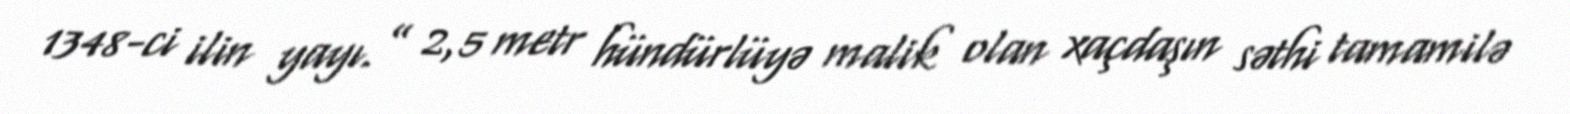
1348-ci ilin yayı.” 2,5 metr hündürlüyə malik olan xaçdaşın səthi tamamilə